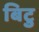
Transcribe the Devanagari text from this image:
बिटु